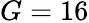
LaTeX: G=16